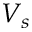
V _ { s }